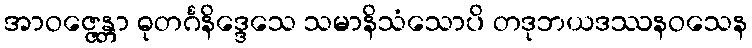
အာဝဇ္ဇေန္တာ ဓုတင်္ဂနိဒ္ဒေသေ သမာနိသံသောပိ တဒုဘယဒဿနဝသေန